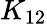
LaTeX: K_{12}